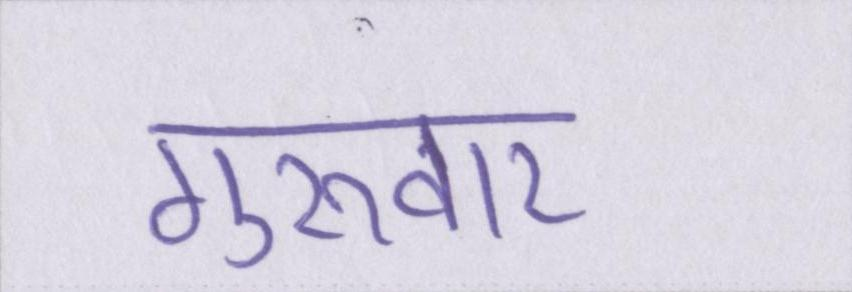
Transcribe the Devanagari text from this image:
गुरूवार